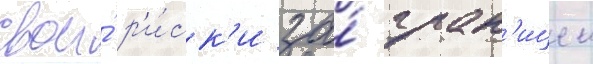
свои́ р'и́ск'и за́ гран'ицеи